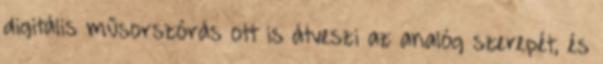
digitális műsorszórás ott is átveszi az analóg szerepét, és